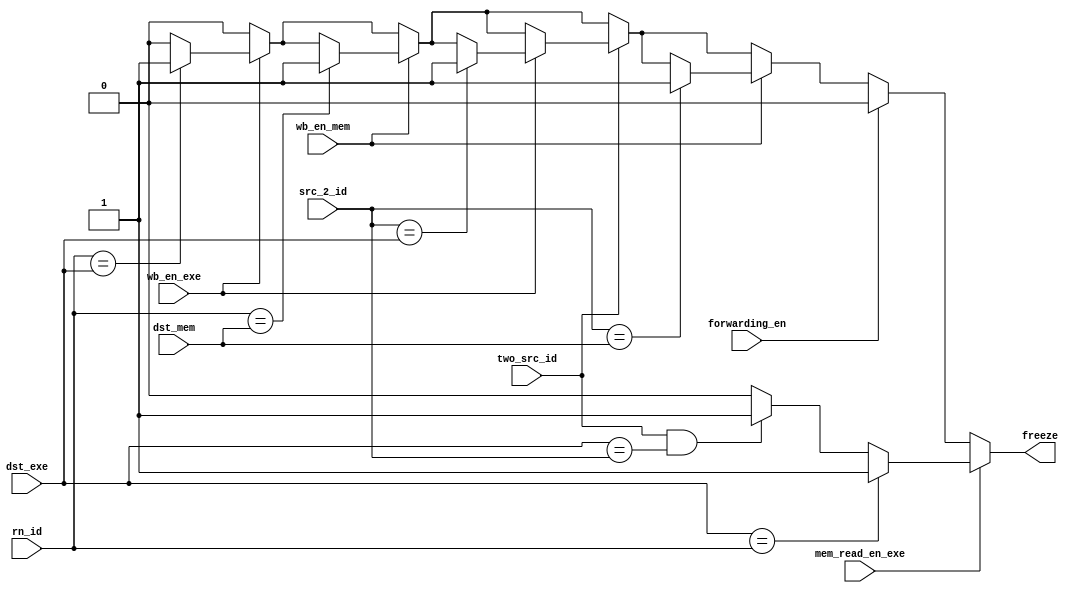
module hazard_detection_unit
(
	output reg freeze,

	input[3:0] rn_id, 
		src_2_id,
		dst_exe, 
		dst_mem,
	input two_src_id,
		wb_en_mem,
		wb_en_exe,
		mem_read_en_exe,
		forwarding_en
);
	always @(*) begin
		freeze = 1'b0;
		if(mem_read_en_exe == 1'b1)begin
			if(dst_exe == rn_id)
				freeze = 1'b1;
			else if((two_src_id == 1'b1) && (dst_exe == src_2_id))
				freeze = 1'b1;
		end
		else if(forwarding_en == 1'b0) begin
			if(wb_en_exe == 1'b1) begin
				if(rn_id == dst_exe)
					freeze = 1'b1;
			end
			if(wb_en_mem == 1'b1) begin
				if(rn_id == dst_mem)
					freeze = 1'b1;
			end
			if(two_src_id == 1'b1) begin
				if(wb_en_exe == 1'b1) begin
					if(src_2_id == dst_exe)
						freeze = 1'b1;
				end
			end
			if(wb_en_mem == 1'b1) begin
					if(src_2_id == dst_mem)
						freeze = 1'b1;
			end
	    end
	end
endmodule